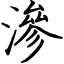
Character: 滲